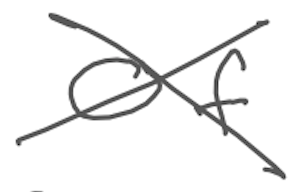
Text: of
Cross-out: mix
Writing tool: digital_gray